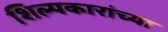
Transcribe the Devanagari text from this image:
शिल्पकारांच्या